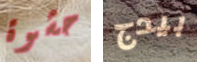
حشوة بيدج